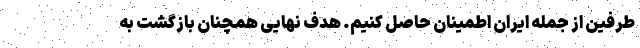
طرفین از جمله ایران اطمینان حاصل کنیم‌. هدف نهایی همچنان بازگشت به